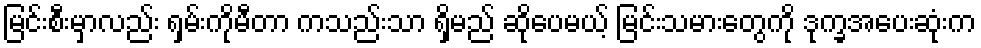
မြင်းစီးမှာလည်း ရှမ်းကိုမီတာ ကသည်းသာ ရှိမည် ဆိုပေမယ့် မြင်းသမားတွေကို ဒုက္ခအပေးဆုံးက